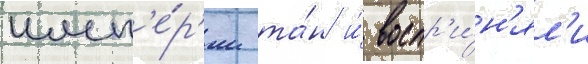
имп'е́р'ии та́н и́ воспр'и́н'ял'и